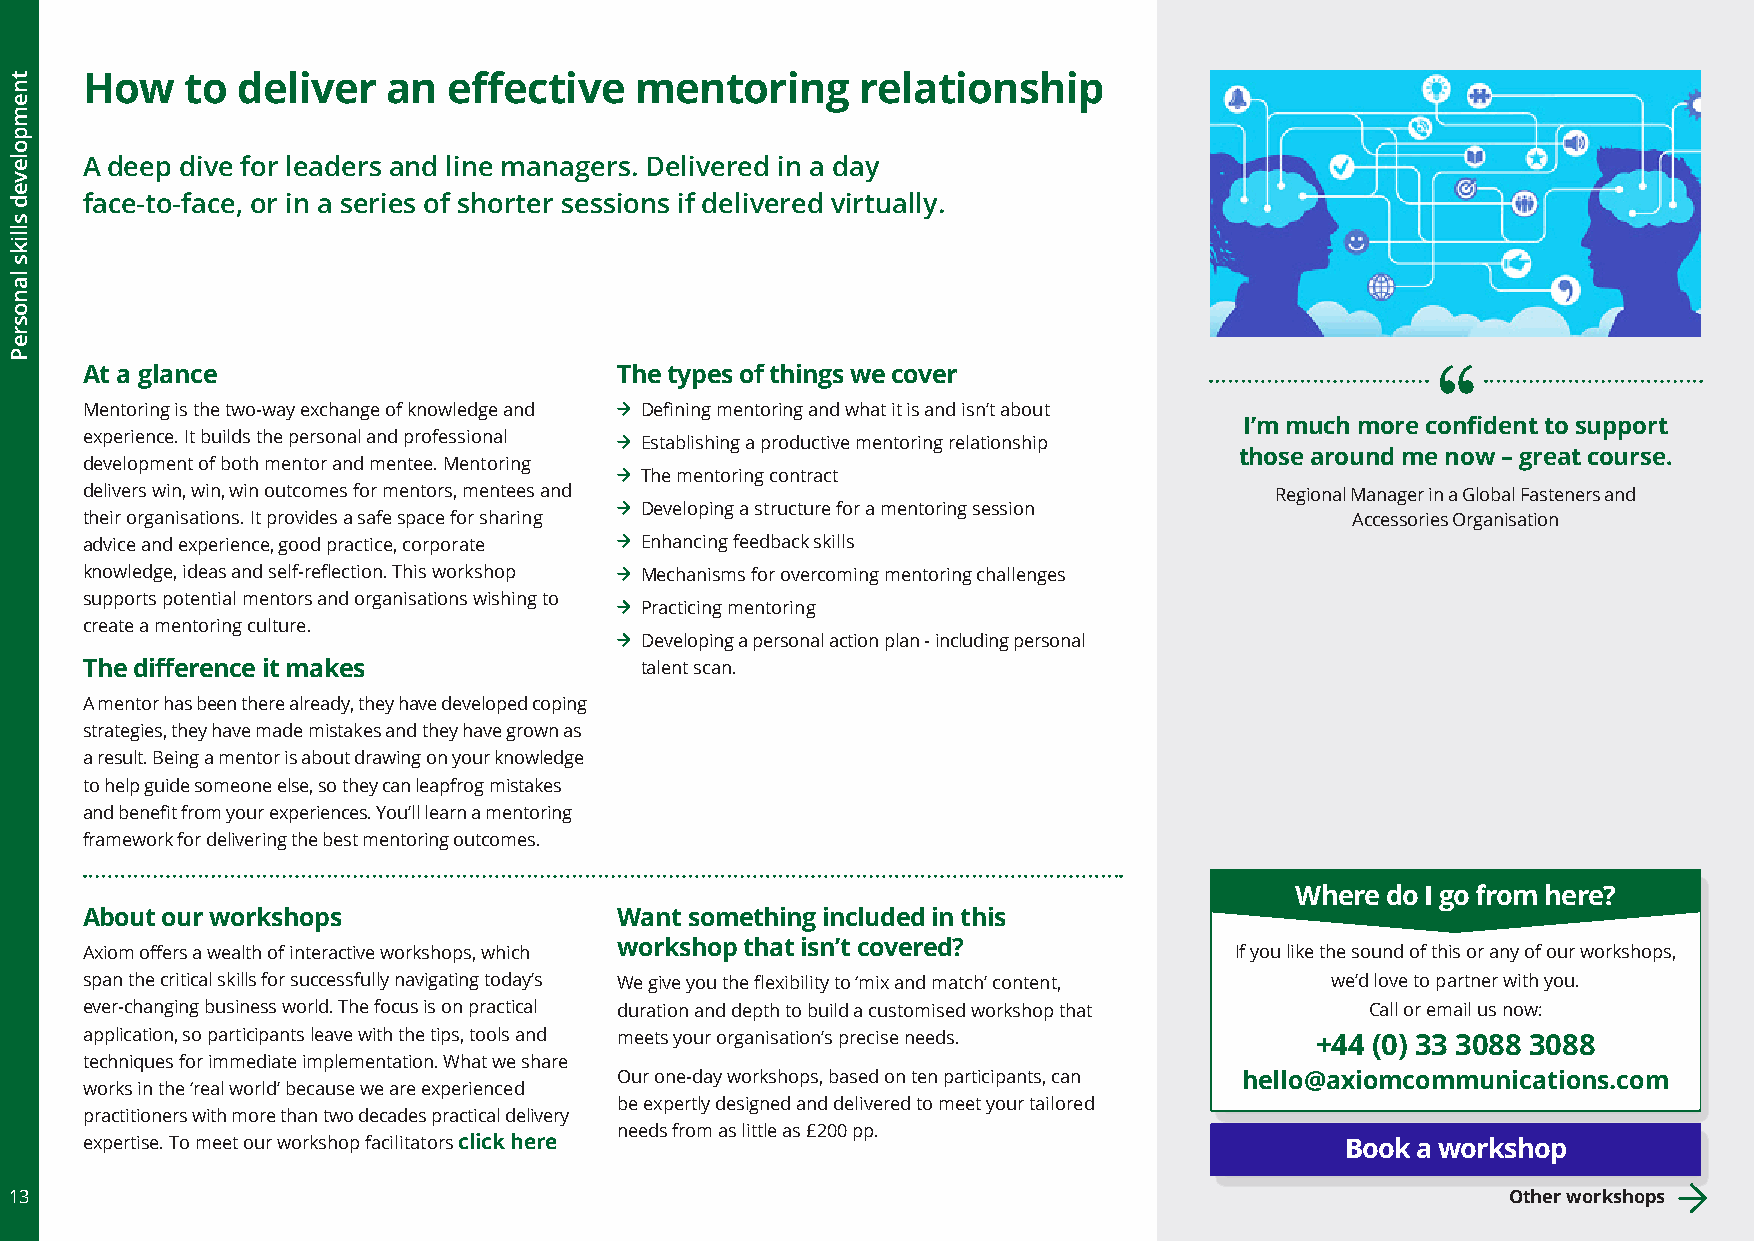
How    to  deliver   an  effective   mentoring      relationship
 A deep dive for leaders and line managers. Delivered in a day
 face-to-face, or in a series of shorter sessions if delivered virtually.
 At a glance                         The types of things we cover
 Mentoring is the two-way exchange of knowledge and Defining mentoring and what it is and isn’t about
 I’m much more confident to support
 experience. It builds the personal and professional Establishing a productive mentoring relationship
 those around me now – great course.
 development of both mentor and mentee. Mentoring
 The mentoring contract
 delivers win, win, win outcomes for mentors, mentees and                       Regional Manager in a Global Fasteners and
 Developing a structure for a mentoring session
 their organisations. It provides a safe space for sharing                            Accessories Organisation
 advice and experience, good practice, corporate Enhancing feedback skills
 knowledge, ideas and self-reflection. This workshop Mechanisms for overcoming mentoring challenges
 supports potential mentors and organisations wishing to
 Practicing mentoring
 create a mentoring culture.
 Developing a personal action plan - including personal
 The difference it makes              talent scan.
 A mentor has been there already, they have developed coping
 strategies, they have made mistakes and they have grown as
 a result. Being a mentor is about drawing on your knowledge
 to help guide someone else, so they can leapfrog mistakes
 and benefit from your experiences. You’ll learn a mentoring
 framework for delivering the best mentoring outcomes.
 Where do I go from here?
 About our workshops                 Want something included in this
 Axiom offers a wealth of interactive workshops, which workshop that isn’t covered? If you like the sound of this or any of our workshops,
 span the critical skills for successfully navigating today’s We give you the flexibility to ‘mix and match’ content, we’d love to partner with you.
 ever-changing business world. The focus is on practical duration and depth to build a customised workshop that Call or email us now:
 application, so participants leave with the tips, tools and meets your organisation’s precise needs. +44 (0) 33 3088 3088
 techniques for immediate implementation. What we share
 Our one-day workshops, based on ten participants, can hello@axiomcommunications.com
 works in the ‘real world’ because we are experienced
 be expertly designed and delivered to meet your tailored
 practitioners with more than two decades practical delivery
 needs from as little as £200 pp.
 expertise. To meet our workshop facilitators click here                             Book a workshop
 13                                                                                                 Other workshops
 tnempoleved
 slliks
 lanosreP